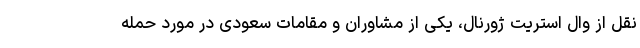
نقل از وال استریت ژورنال، یکی از مشاوران و مقامات سعودی در مورد حمله